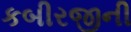
કબીરજીની